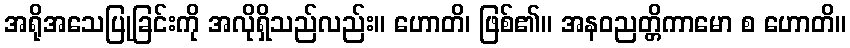
အရိုအသေပြုခြင်းကို အလိုရှိသည်လည်း။ ဟောတိ၊ ဖြစ်၏။ အနဝညတ္တိကာမော စ ဟောတိ။